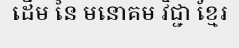
ដើម នៃ មនោគម វិជ្ជា ខ្មែរ